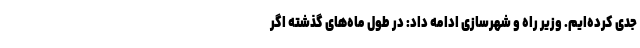
جدی کرده‌ایم. وزیر راه و شهرسازی ادامه داد: در طول ماه‌های گذشته اگر